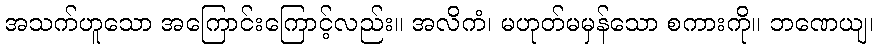
အသက်ဟူသော အကြောင်းကြောင့်လည်း။ အလိကံ၊ မဟုတ်မမှန်သော စကားကို။ ဘဏေယျ၊